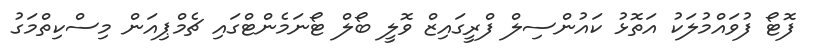
ފޮޓޯ ފުވައްމުލަކު އަތޮޅު ކައުންސިލް ފްރީގައިޒް ވޮލީ ބޯލް ޓޯނަމެންޓްގައި ޗެމްޕިއަން މިސްކިތްމަގު